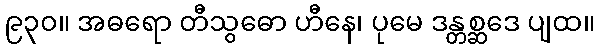
၉၃၀။ အဓရော တီသွဓော ဟီနေ၊ ပုမေ ဒန္တစ္ဆဒေ ပျထ။